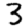
Digit: 3